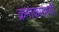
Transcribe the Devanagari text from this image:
क्रमांकावरची